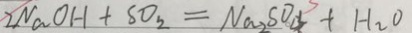
2 N a O H + S O _ { 2 } = N a _ { 2 } S O _ { 4 } + H _ { 2 } O